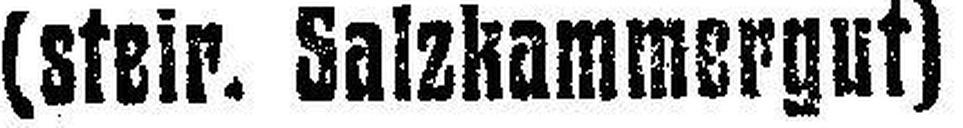
(steir. Salzhammergut)